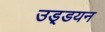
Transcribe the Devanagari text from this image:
उड़्डयन